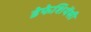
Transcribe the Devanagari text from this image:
डेफेशियेंसी